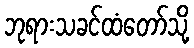
ဘုရားသခင်ထံတော်သို့